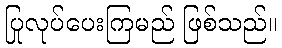
ပြုလုပ်ပေးကြမည် ဖြစ်သည်။